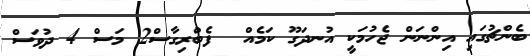
ބެންޗުގައި އިންނަން ޖެހުމަކީ އުނދަގޫ ކަމެއް  ފެބްރިގާސް2 މަސް 4 ދުވަސް